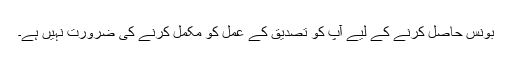
بونس حاصل کرنے کے لیے آپ کو تصدیق کے عمل کو مکمل کرنے کی ضرورت نہیں ہے۔